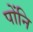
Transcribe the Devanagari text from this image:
पोंनि